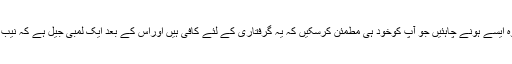
اس کے لئے آپ کے پاس جو ثبوت ہونے چاہئیں وہ ایسے ہونے چاہئیں جو آپ کوخود ہی مطمئن کرسکیں کہ یہ گرفتاری کے لئے کافی ہیں اوراس کے بعد ایک لمبی جیل ہے کہ نیب کے قانون میں ضمانت کا کوئی خانہ ہی نہیں ہے۔